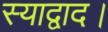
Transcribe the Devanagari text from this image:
स्याद्वाद।